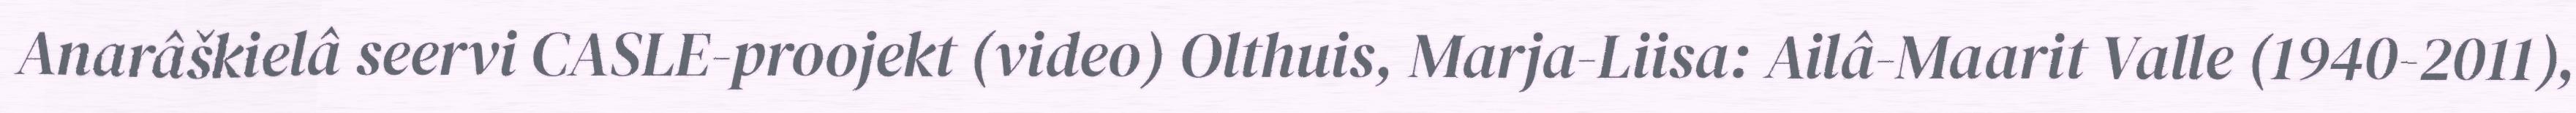
Anarâškielâ seervi CASLE-proojekt (video) Olthuis, Marja-Liisa: Ailâ-Maarit Valle (1940-2011),